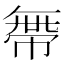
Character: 𢄔